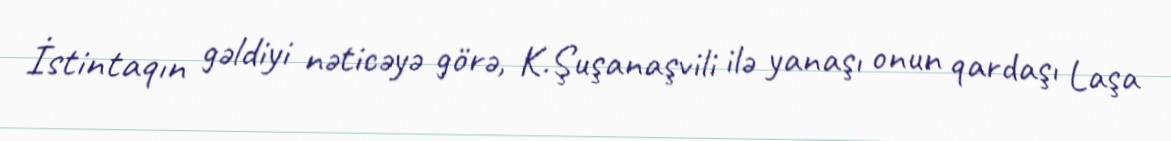
İstintaqın gəldiyi nəticəyə görə, K.Şuşanaşvili ilə yanaşı onun qardaşı Laşa